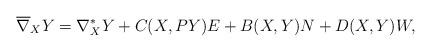
LaTeX: \begin{align*} \overline{\nabla}_{X}Y=\nabla^{*}_{X}Y + C(X,PY)E+B(X,Y)N+D(X,Y)W,\end{align*}